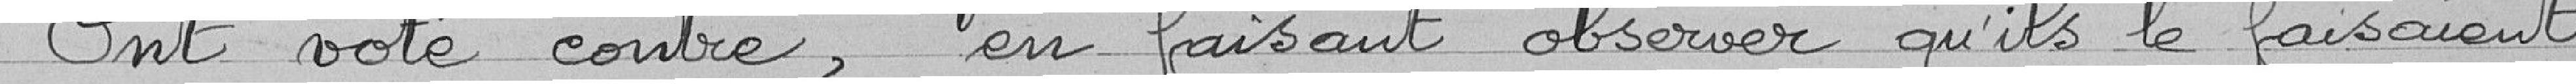
On voté contre, en faisant observer qu'ils le faisaient